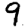
Digit: 9